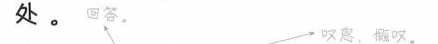
处。回答。叹息，概叹。